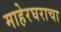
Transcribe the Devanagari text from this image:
माहेरघराचा